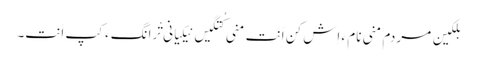
بلکین مردم منی نام ءَ اِش کن اَنت منی کُتگیں نِیکیانی تْرانگءَ کپ اَنت۔